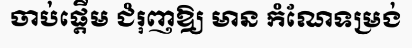
ចាប់ផ្តើម ជំរុញឱ្យ មាន កំណែទម្រង់